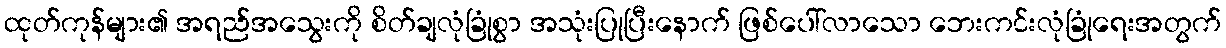
ထုတ်ကုန်များ၏ အရည်အသွေးကို စိတ်ချလုံခြုံစွာ အသုံးပြုပြီးနောက် ဖြစ်ပေါ်လာသော ဘေးကင်းလုံခြုံရေးအတွက်